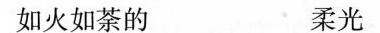
如火如荼的 柔光